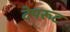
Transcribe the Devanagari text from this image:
टेपरूट